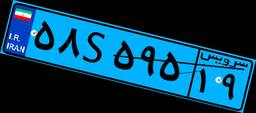
۳۲S۸۵۳۳۲